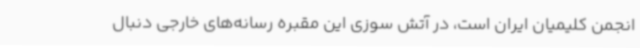
انجمن کلیمیان ایران است، در آتش سوزی این مقبره رسانه‌های خارجی دنبال